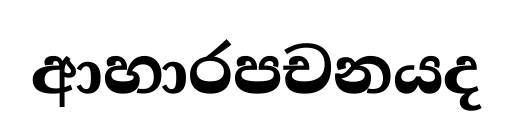
ආහාරපචනයද